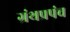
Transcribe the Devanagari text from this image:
ग्रंथप्रपंच